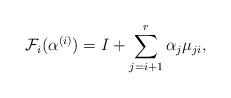
LaTeX: \begin{align*}\mathcal{F}_i(\alpha^{(i)})=I+\sum_{j=i+1}^r \alpha_j \mu_{ji},\end{align*}